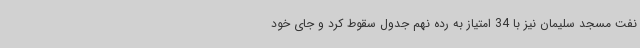
نفت مسجد سلیمان نیز با 34 امتیاز به رده نهم جدول سقوط کرد و جای خود